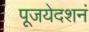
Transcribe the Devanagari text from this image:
पूजयेदशनं